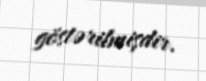
göstərilmişdir.